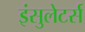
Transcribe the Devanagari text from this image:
इंसुलेटर्स